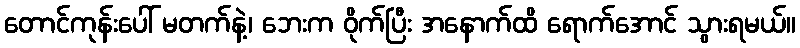
တောင်ကုန်းပေါ် မတက်နဲ့၊ ဘေးက ဝိုက်ပြီး အနောက်ထိ ရောက်အောင် သွားရမယ်။